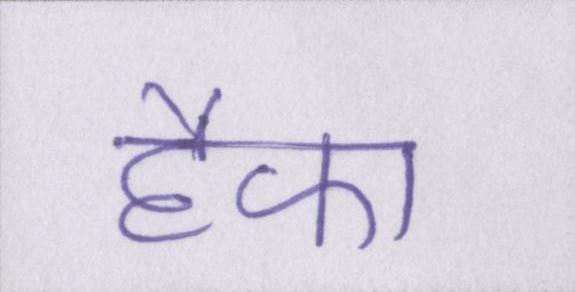
हैफा